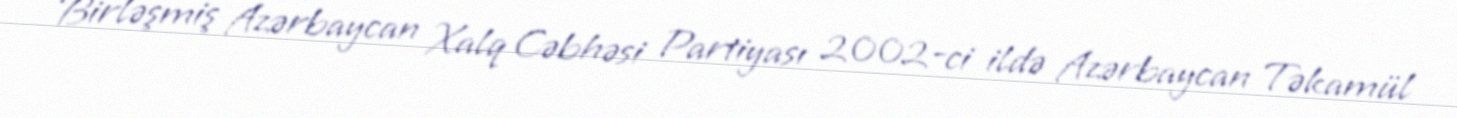
Birləşmiş Azərbaycan Xalq Cəbhəsi Partiyası 2002-ci ildə Azərbaycan Təkamül